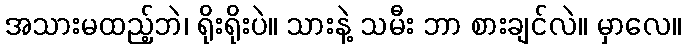
အသားမထည့်ဘဲ၊ ရိုးရိုးပဲ။ သားနဲ့ သမီး ဘာ စားချင်လဲ။ မှာလေ။